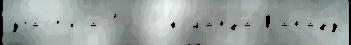
уча́ст'иjа 1927 кома́нда Кана́ду